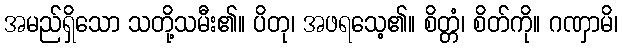
အမည်ရှိသော သတို့သမီး၏။ ပိတု၊ အဖရသေ့၏။ စိတ္တံ၊ စိတ်ကို။ ဂဏှာမိ၊